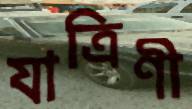
যাত্রিণী